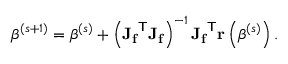
{ \boldsymbol { \beta } } ^ { ( s + 1 ) } = { \boldsymbol { \beta } } ^ { ( s ) } + \left( \mathbf { J _ { f } } ^ { \mathsf { T } } \mathbf { J _ { f } } \right) ^ { - 1 } \mathbf { J _ { f } } ^ { \mathsf { T } } \mathbf { r } \left( { \boldsymbol { \beta } } ^ { ( s ) } \right) .